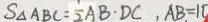
S _ { \Delta A B C } = \frac { 1 } { 2 } A B \cdot D C , A B = 1 0